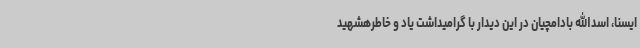
ایسنا، اسدالله بادامچیان در این دیدار با گرامیداشت یاد و خاطرهشهید